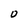
Character: O